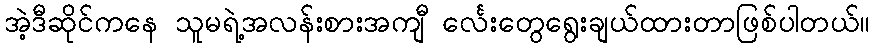
အဲ့ဒီဆိုင်ကနေ သူမရဲ့အလန်းစားအကျီ င်္လေးတွေရွေးချယ်ထားတာဖြစ်ပါတယ်။